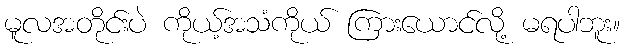
မူလအတိုင်းပဲ ကိုယ့်အသံကိုယ် ကြားယောင်လို့ မရပါဘူး။